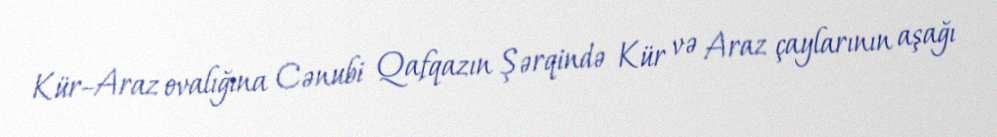
Kür–Araz ovalığına Cənubi Qafqazın Şərqində Kür və Araz çaylarının aşağı